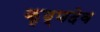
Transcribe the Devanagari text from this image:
कृष्‍णदेव